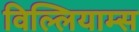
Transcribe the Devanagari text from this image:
विल्लियाम्स